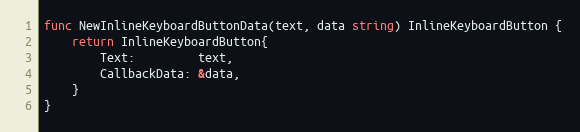
Language: Go
func NewInlineKeyboardButtonData(text, data string) InlineKeyboardButton {
	return InlineKeyboardButton{
		Text:         text,
		CallbackData: &data,
	}
}